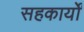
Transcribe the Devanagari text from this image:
सहकार्यों